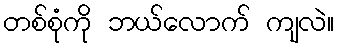
တစ်စုံကို ဘယ်လောက် ကျလဲ။